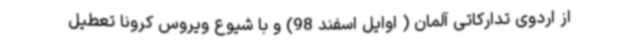
از اردوی تدارکاتی آلمان ( اوایل اسفند 98) و با شیوع ویروس کرونا تعطیل